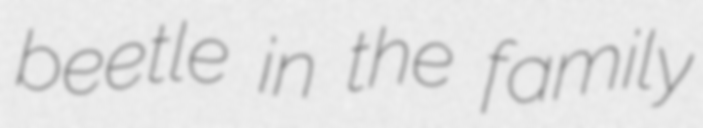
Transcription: beetle in the family